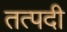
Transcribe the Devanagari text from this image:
तत्पदी